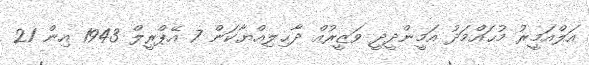
އަލްއަމީރު މުޙައްމަދު އަމީންދީދީ ވަޒީރުއް ދާޙިލިއްޔާކަން 7 އޭޕްރީލް 1943 އިން 21